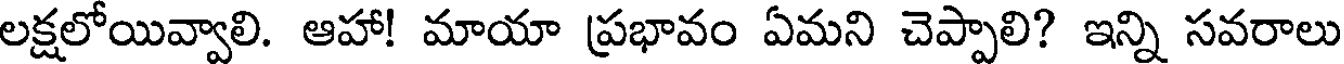
లక్షలోయివ్వాలి. ఆహా! మాయా ప్రభావం ఏమని చెప్పాలి? ఇన్ని సవరాలు